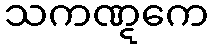
သကဏ္ဋကေ